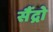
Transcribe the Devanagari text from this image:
सैंद्रो